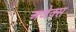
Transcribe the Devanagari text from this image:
अजेक्स